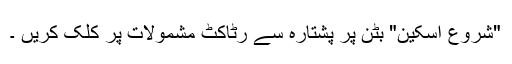
"شروع اسکین" بٹن پر پشتارہ سے رٹاکٹ مشمولات پر کلک کریں ۔